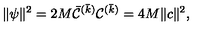
\| \psi \| ^ { 2 } = 2 M { \bar { \cal C } } ^ { ( \bar { k } ) } { \cal C } ^ { ( \bar { k } ) } = 4 M \| c \| ^ { 2 } ,